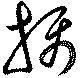
攝